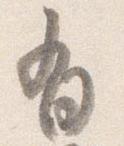
有